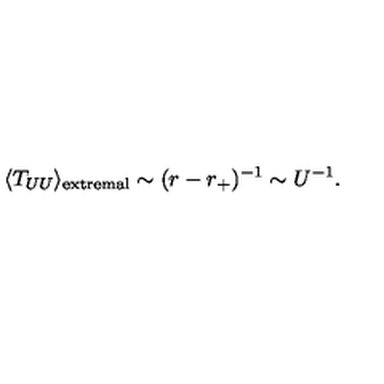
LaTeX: \langle T _ { U U } \rangle _ { \mathrm { e x t r e m a l } } \sim ( r - r _ { + } ) ^ { - 1 } \sim U ^ { - 1 } .